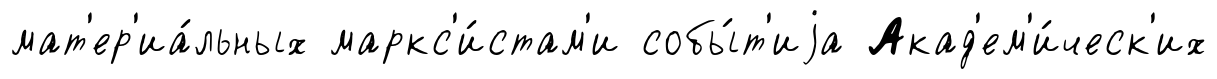
мат'ер'иа́льных маркс'и́стам'и собы́т'иjа Акад'ем'и́ческ'их